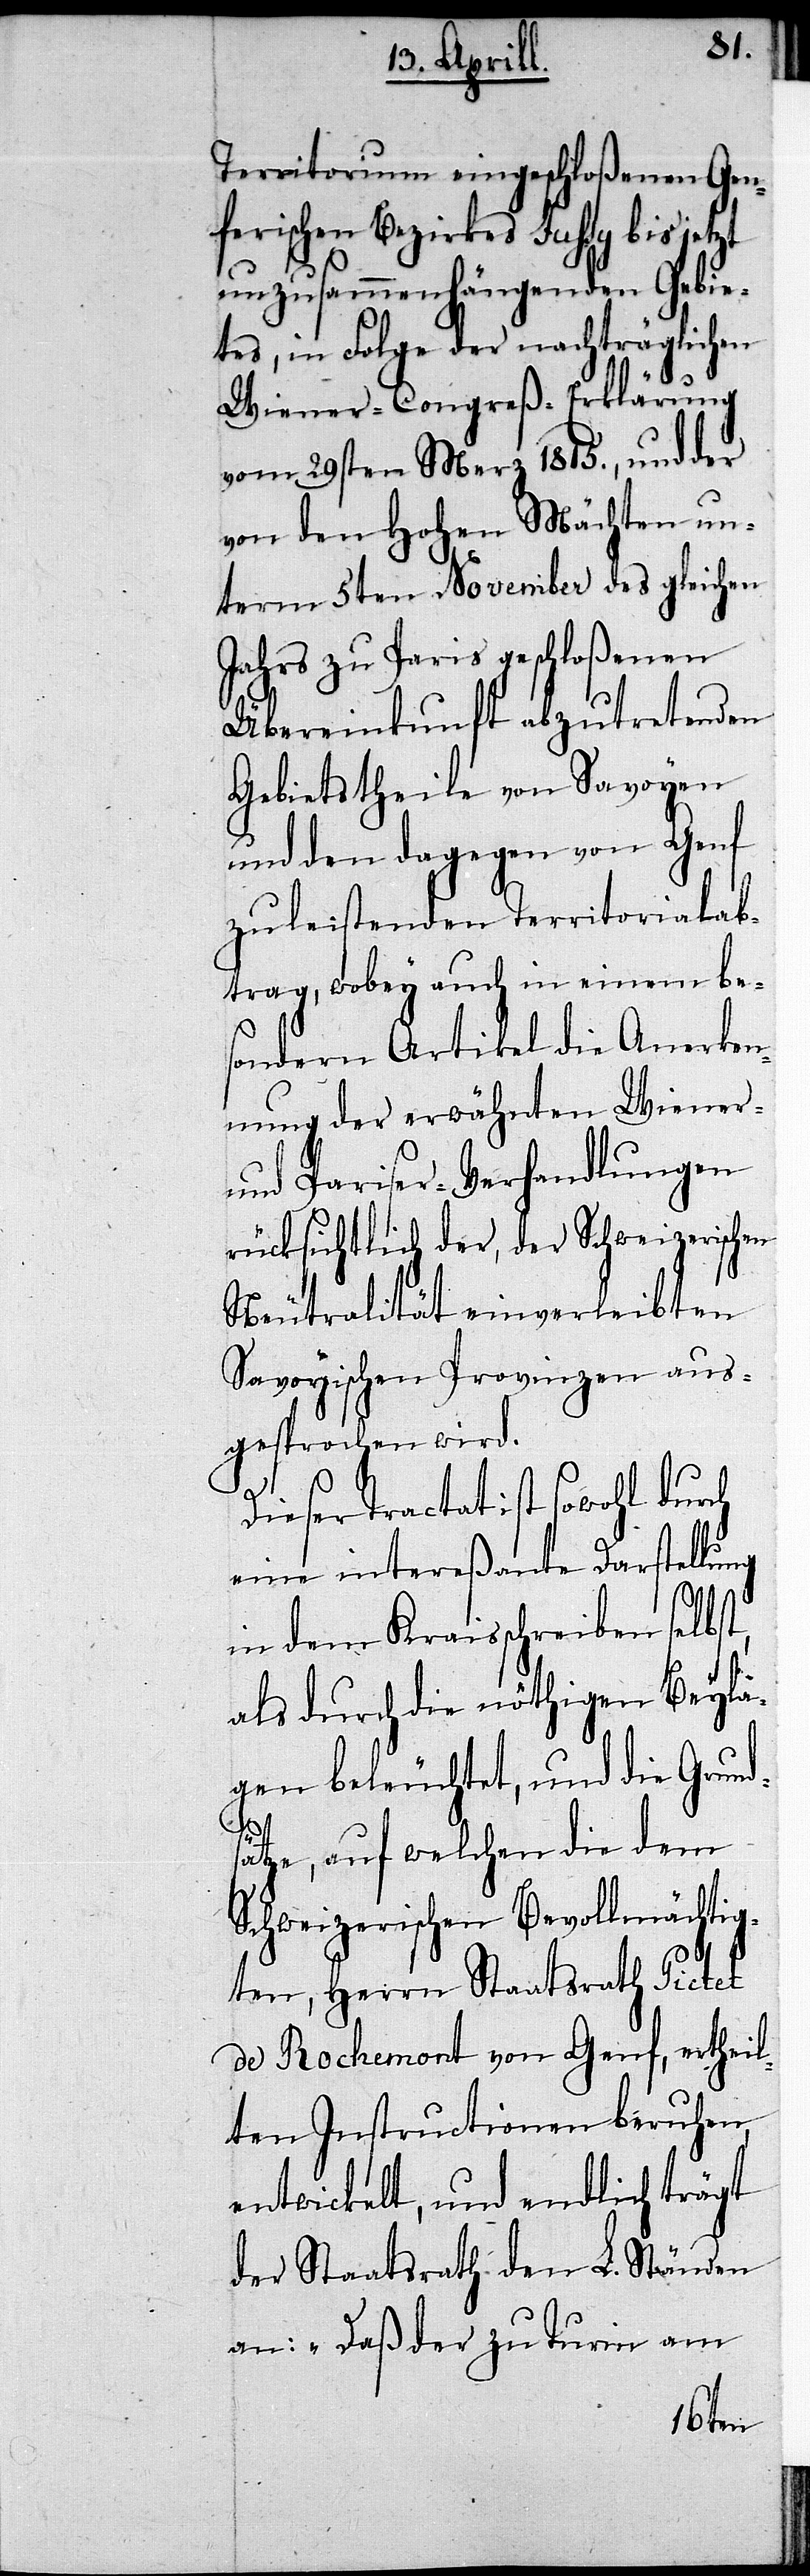
t,
Territorium eingschloßenen Gen¬
ferischen Bezirkes Juhsy bis
unzusammenhängenden Gebie¬
tes, in Folge der nachträglichen
Wiener-Congreß-Erklärung
vom 29sten Merz 1815., und der
von den Hohen Mächten un¬
term 5ten November des gleichen
Jahres zu Paris geschloßenen
Übereinkunft abzutretenden
Gebietstheile von Savoyen
und den dagegen von Genf
zu leistenden Territorialab¬
trag, wobey auch in einem be¬
sondern Artikel die Anerken¬
nung der erwähnten Wiener-
und Pariser-Verhandlungen
rücksichtlich der, der Schweizerischen
Neutralität einverleibten
Savoyischen Provinzen aus¬
gesprochen wird.
Dieser Tractat ist sowohl durch
eine intereßante Darstellung
in dem Kraisschreiben selbs¬
als durch die nöthigen Beyla¬
gen beleuchtet, und die Grund¬
sätze, auf welchen die dem
Schweizerischen Bevollmächtig¬
ten, Herrn Staatsrath Pictet
de Rochemont von Genf, ertheil¬
ten Instructionen beruhen,
entwickelt, und endlich trägt
der Staatsrath den L. Ständen
an: „Daß der zu Turin am